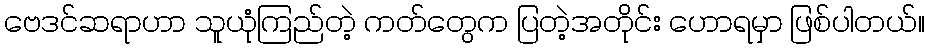
ဗေဒင်ဆရာဟာ သူယုံကြည်တဲ့ ကတ်တွေက ပြတဲ့အတိုင်း ဟောရမှာ ဖြစ်ပါတယ်။